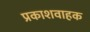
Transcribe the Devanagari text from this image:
प्रकाशवाहक